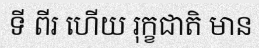
ទី ពីរ ហើយ រុក្ខជាតិ មាន